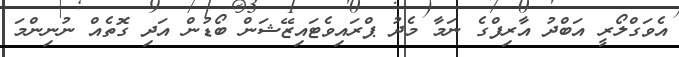
އެވަގްލޯރީ އަބްދު އާރިފްގެ ނަމާ މެދު ޕްރައިވެޓައިޒޭޝަން ބޯޑުން އަދި ގޮތެއް ނުނިންމަ